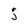
Character: j